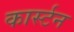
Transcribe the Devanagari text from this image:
कार्स्टन